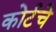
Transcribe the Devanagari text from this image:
कोर्टचे